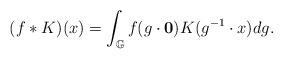
LaTeX: \begin{align*} (f \ast K)(x) = \int_{{\mathbb G}} f(g \cdot \mathbf{0}) K (g^{-1} \cdot x) dg.\end{align*}